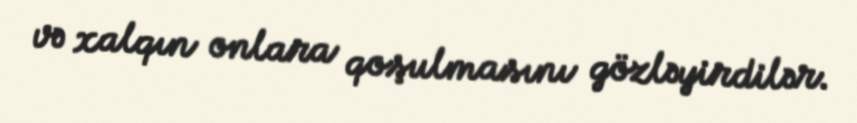
və xalqın onlara qoşulmasını gözləyirdilər.